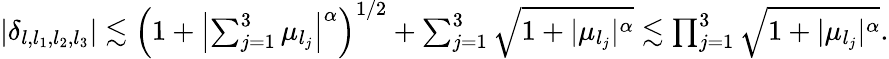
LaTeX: \begin{array}{r}{\left|\delta_{l,l_{1},l_{2},l_{3}}\right|\lesssim\left(1+\left|\sum_{j=1}^{3}\mu_{l_{j}}\right|^{\alpha}\right)^{1/2}+\sum_{j=1}^{3}\sqrt{1+|\mu_{l_{j}}|^{\alpha}}\lesssim\prod_{j=1}^{3}\sqrt{1+|\mu_{l_{j}}|^{\alpha}}.}\end{array}